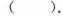
().